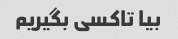
بیا تاکسی بگیریم